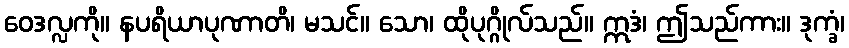
ဝေဒလ္လကို။ နပရိယာပုဏာတိ၊ မသင်။ သော၊ ထိုပုဂ္ဂိုလ်သည်။ ဣဒံ၊ ဤသည်ကား။ ဒုက္ခံ၊